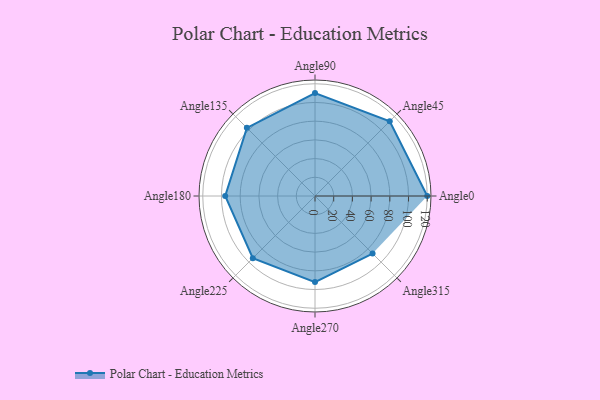
{"axis": {"x": "Angle", "y": "Radius"}, "legend": [""], "data": [{"x": "Angle0", "y": 120.0, "type": ""}, {"x": "Angle45", "y": 113.0, "type": ""}, {"x": "Angle90", "y": 110.0, "type": ""}, {"x": "Angle135", "y": 103.0, "type": ""}, {"x": "Angle180", "y": 96.0, "type": ""}, {"x": "Angle225", "y": 94.0, "type": ""}, {"x": "Angle270", "y": 92.0, "type": ""}, {"x": "Angle315", "y": 87.0, "type": ""}]}